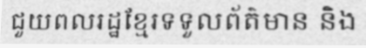
ជួយពលរដ្ឋខ្មែរទទួលព័ត៌មាន និង